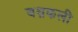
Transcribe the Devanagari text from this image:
बथ्रकली